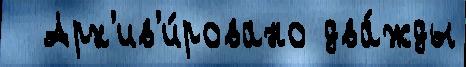
  Арх'ив'и́ровано два́жды